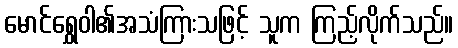
မောင်ရွှေဝါ၏အသံကြားသဖြင့် သူက ကြည့်လိုက်သည်။